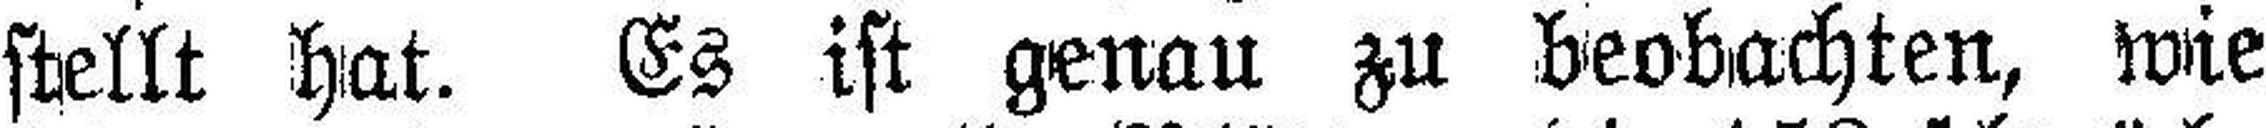
stellt hat. Es ist genau zu beobachten, wie